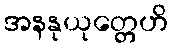
အနနုယုတ္တေဟိ